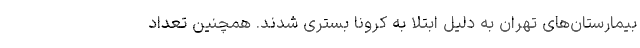
بیمارستان‌های تهران به دلیل ابتلا به کرونا بستری شدند. همچنین تعداد